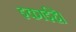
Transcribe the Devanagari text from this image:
इकाईहै।